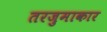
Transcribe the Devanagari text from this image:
तरजुमाकार